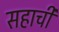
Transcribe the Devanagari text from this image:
सहाची